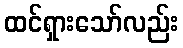
ထင်ရှားသော်လည်း